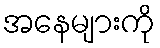
အနေများကို